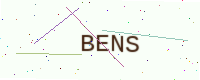
Text: BENS